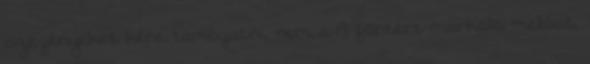
szegényeket kéne támogatni, nem a 13 fontért markoló melóst,